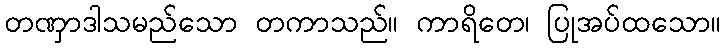
တဏှာဒါသမည်သော တကာသည်။ ကာရိတေ၊ ပြုအပ်ထသော။